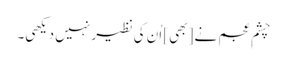
چشمِ عجم نے [بھی] اُن کی نظیر نہیں دیکھی۔